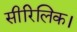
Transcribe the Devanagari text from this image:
सीरिलिक।